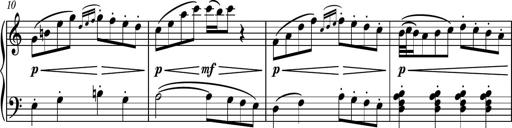
Title: Piano Sonatina No.3
Composer: Dimitri Sykias
Key: C major